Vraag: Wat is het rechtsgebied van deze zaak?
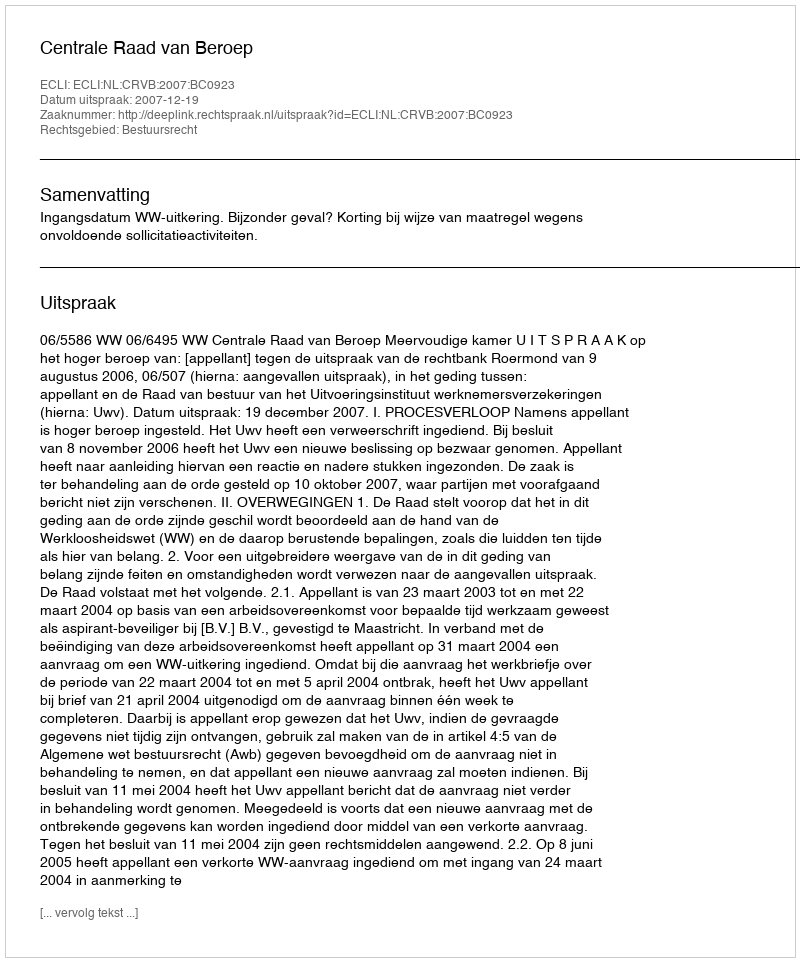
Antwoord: Bestuursrecht